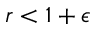
r < 1 + \epsilon